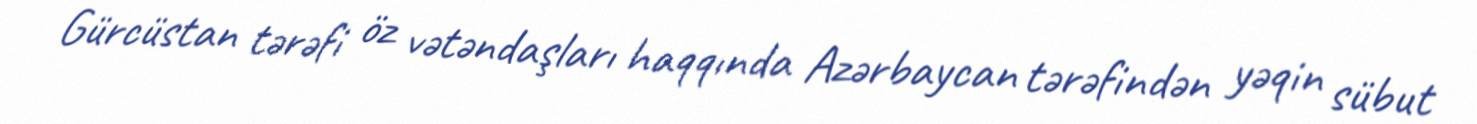
Gürcüstan tərəfi öz vətəndaşları haqqında Azərbaycan tərəfindən yəqin sübut